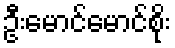
ဦးမောင်မောင်စိုး